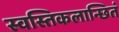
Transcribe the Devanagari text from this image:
स्वस्तिकलान्छितं